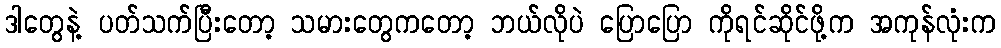
ဒါတွေနဲ့ ပတ်သက်ပြီးတော့ သမားတွေကတော့ ဘယ်လိုပဲ ပြောပြော ကိုရင်ဆိုင်ဖို့က အကုန်လုံးက